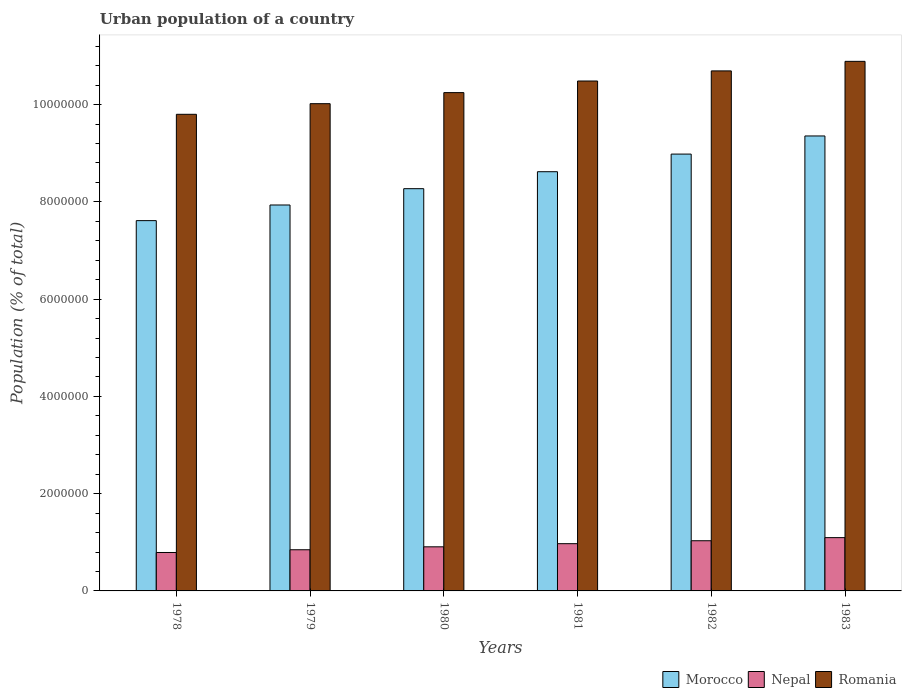
| Years | Morocco | Nepal | Romania |
 | --- | --- | --- | --- |
 | 1978 | 7.61e+06 | 7.9e+05 | 9.8e+06 |
 | 1979 | 7.94e+06 | 8.46e+05 | 1e+07 |
 | 1980 | 8.27e+06 | 9.07e+05 | 1.02e+07 |
 | 1981 | 8.62e+06 | 9.72e+05 | 1.05e+07 |
 | 1982 | 8.98e+06 | 1.03e+06 | 1.07e+07 |
 | 1983 | 9.36e+06 | 1.1e+06 | 1.09e+07 |